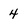
Character: 4